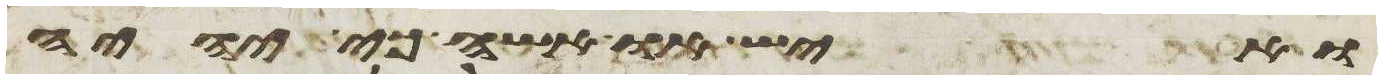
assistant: ואיש או אשה כי יהיה